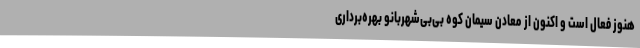
هنوز فعال است و اکنون از معادن سیمان کوه بی‌بی‌شهربانو بهره‌برداری